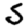
Digit: 5